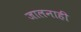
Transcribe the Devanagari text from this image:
जालनाही